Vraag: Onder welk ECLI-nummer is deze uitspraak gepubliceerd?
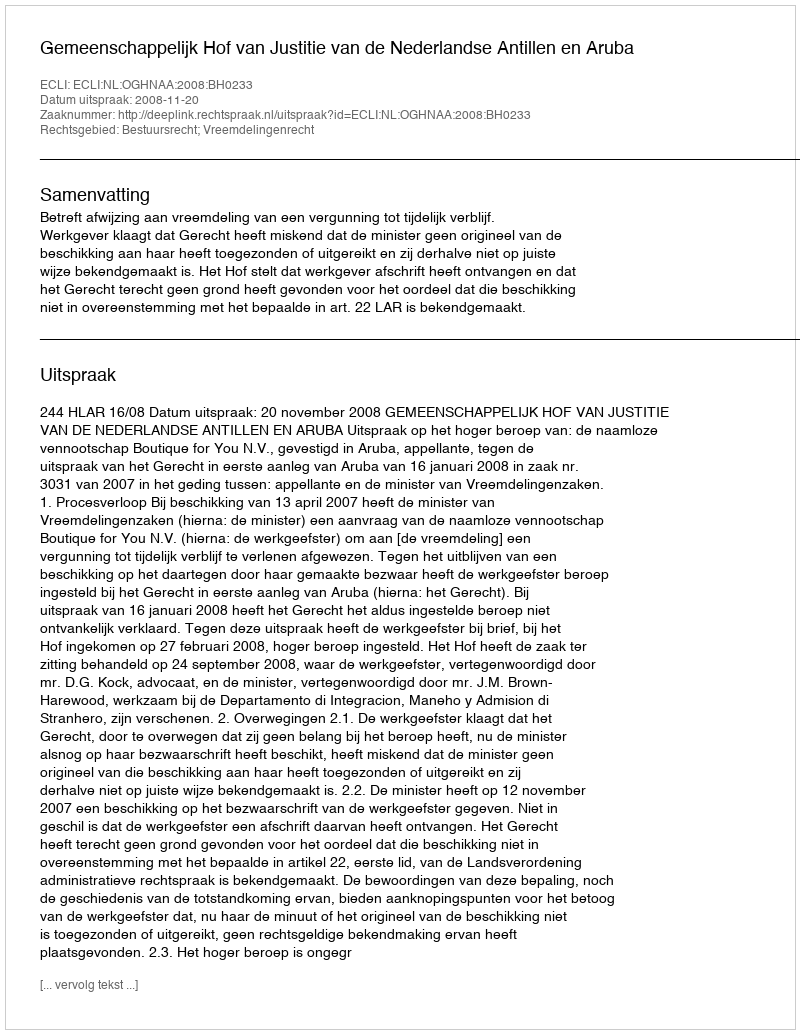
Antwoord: ECLI:NL:OGHNAA:2008:BH0233